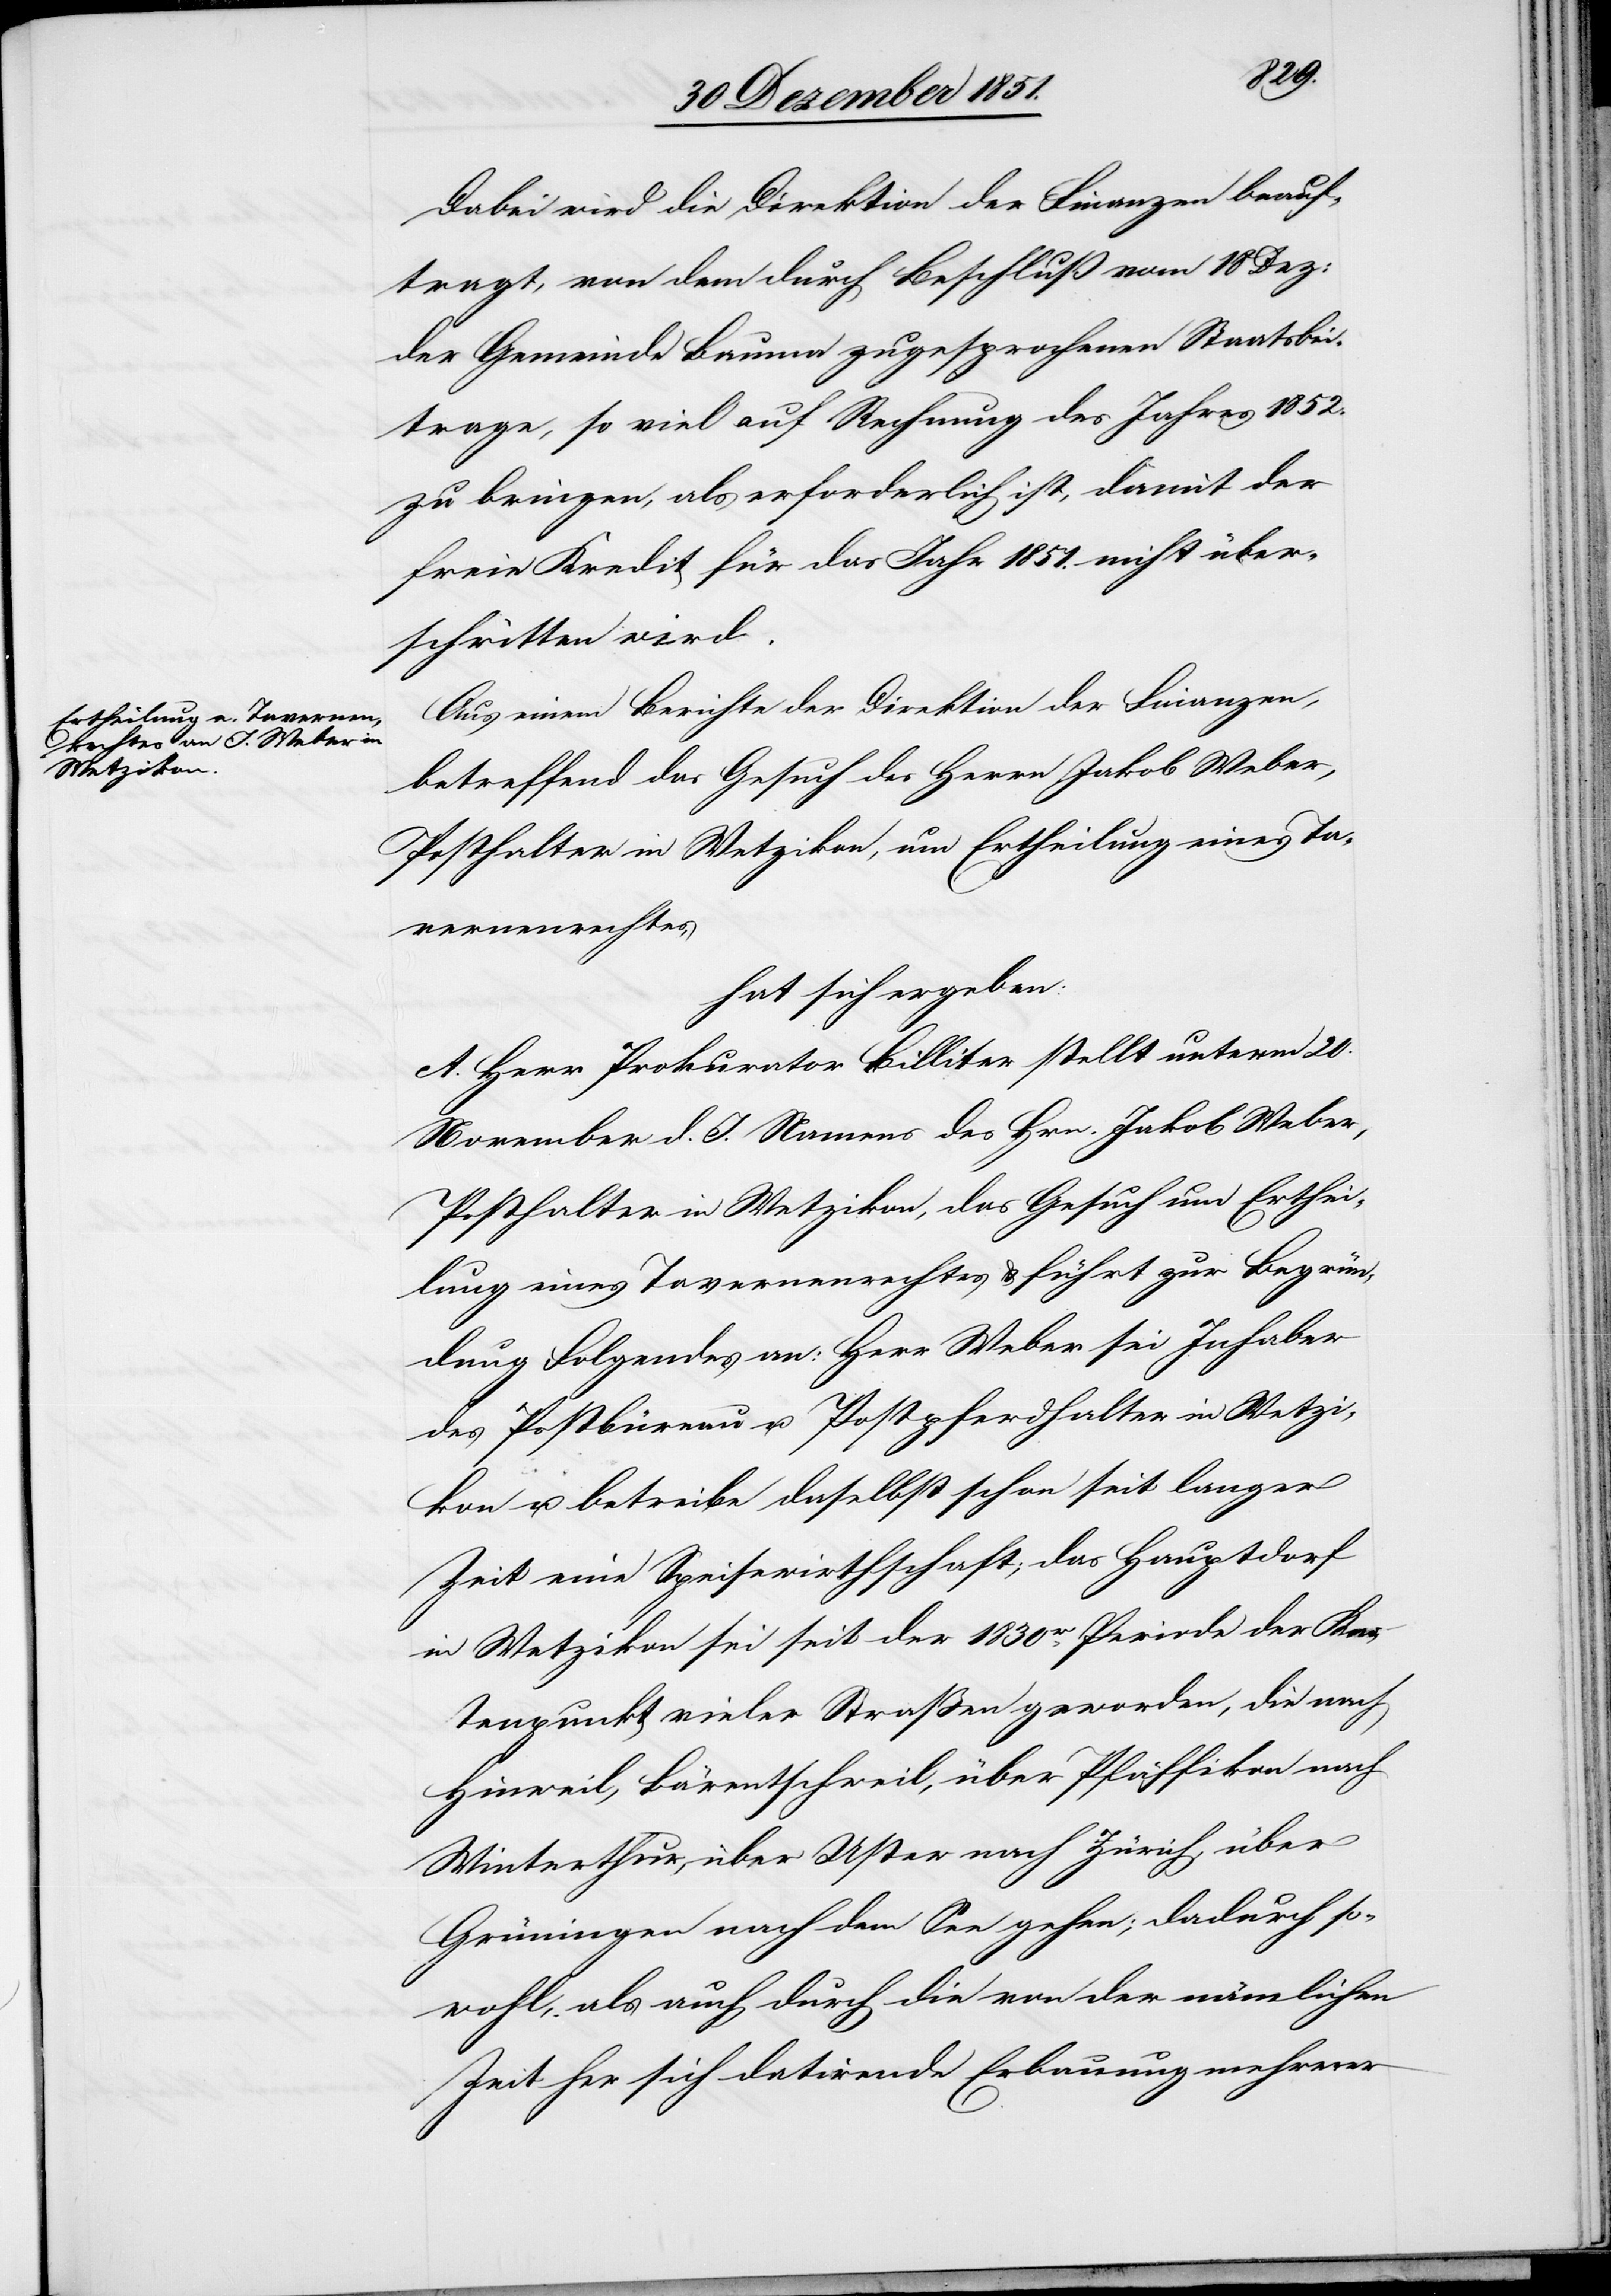
Dabei wird die Direktion der Finanzen beauf¬
tragt, von dem durch Beschluß vom 18 Dez:
der Gemeinde Bauma zugesprochenen Staatsbei¬
trage, so viel auf Rechnung des Jahres 1852.
zu bringen, als erforderlich ist, damit der
freie Kredit für das Jahr 1851. nicht über¬
schritten wird.
Aus einem Berichte der Direktion der Finanzen,
betreffend das Gesuch des Herrn Jakob Weber,
Posthalter in Wetzikon, um Ertheilung eines Ta¬
vernenrechtes,
hat sich ergeben:
A. Herr Prokurator Billiter stellt unterm 20.
November d. J. Namens des Hrn. Jakob Weber,
Posthalter in Wetzikon, das Gesuch um Erthei¬
lung eines Tavernenrechtes & führt zur Begrün¬
dung Folgendes an: Herr Weber sei Inhaber
des Postbüreau u. Postpferdhalter in Wetzi¬
kon u. betreibe daselbst schon seit langer
Zeit eine Speisewirthschaft; das Hauptdorf
in Wetzikon sei seit der 1830r. Periode der Kno¬
tenpunkt vieler Straßen geworden, die nach
Hinweil, Bärentschweil, über Pfäffikon nach
Winterthur, über Uster nach Zürich, über
Grüningen nach dem See gehen; dadurch so¬
wohl, als auch durch die von der nämlichen
Zeit her sich datirende Erbauung mehrerer